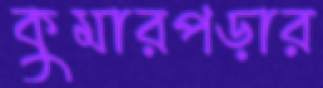
কুমারপড়ার